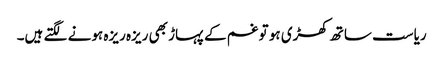
ریاست ساتھ کھڑی ہو تو غم کے پہاڑ بھی ریزہ ریزہ ہونے لگتے ہیں۔